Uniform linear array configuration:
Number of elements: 4
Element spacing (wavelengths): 0.75
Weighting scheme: cosine
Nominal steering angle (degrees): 60
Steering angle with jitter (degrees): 59.528
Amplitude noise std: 0.05
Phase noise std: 0.05

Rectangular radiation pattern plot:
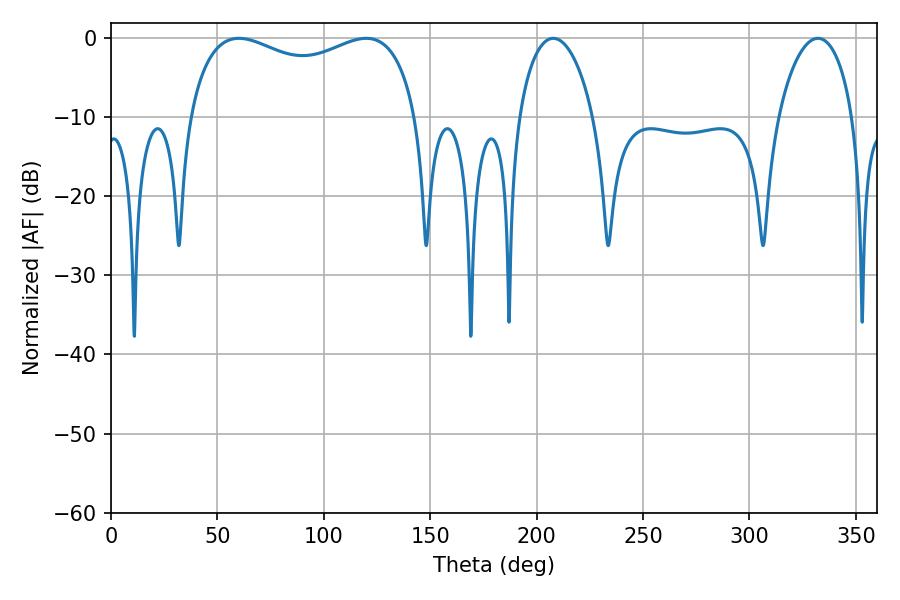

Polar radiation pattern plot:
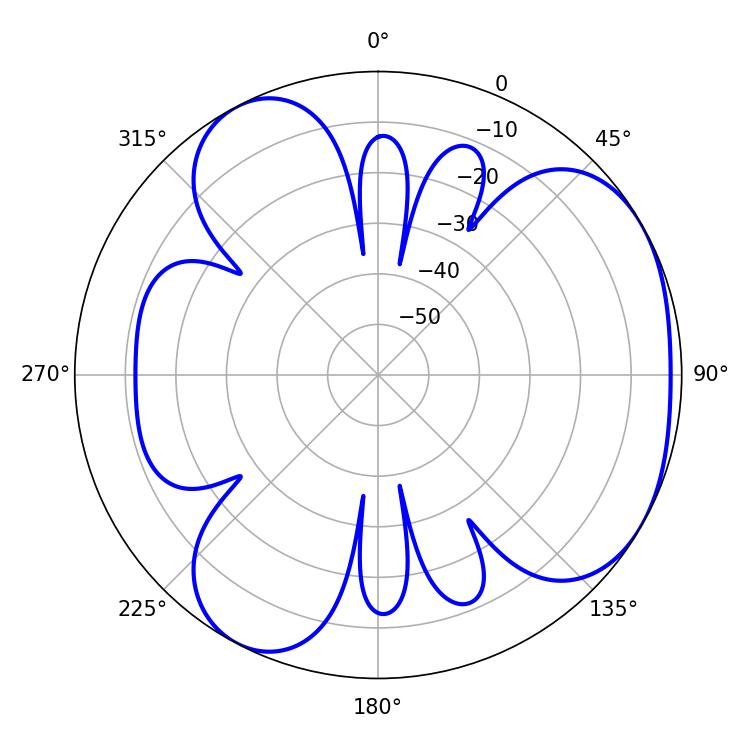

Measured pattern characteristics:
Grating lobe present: TRUE
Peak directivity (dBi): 4.143
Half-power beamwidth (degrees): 88.92
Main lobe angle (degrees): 60.12